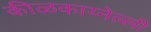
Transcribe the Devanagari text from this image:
कीळकाय्नेल्ली